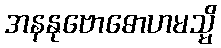
အနနုဗောဓောဟမသ္မိ